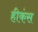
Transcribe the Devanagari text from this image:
हीकंस